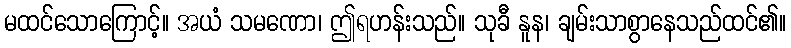
မထင်သောကြောင့်။ အယံ သမဏော၊ ဤရဟန်းသည်။ သုခီ နူန၊ ချမ်းသာစွာနေသည်ထင်၏။